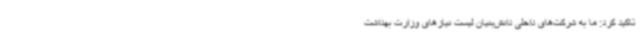
تاکید کرد: ما به شرکت‌های داخلی دانش‌بنیان لیست نیازهای وزارت بهداشت